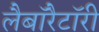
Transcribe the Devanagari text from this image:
लैबाॅरैटाॅरी